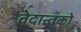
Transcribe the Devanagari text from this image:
वेदान्तकाे